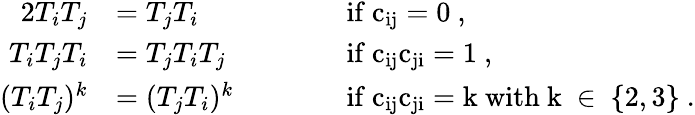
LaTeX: \begin{array}{rlrl}{{2}T_{i}T_{j}}&{=T_{j}T_{i}}&{\qquad}&{\mathrm{if~c_{ij}=0~},}\\ {T_{i}T_{j}T_{i}}&{=T_{j}T_{i}T_{j}}&&{\mathrm{if~c_{ij}c_{ji}=1~},}\\ {(T_{i}T_{j})^{k}}&{=(T_{j}T_{i})^{k}}&&{\mathrm{if~c_{ij}c_{ji}=k~with~k~\in~\{ 2,3\} ~}.}\end{array}